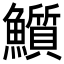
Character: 𩽄